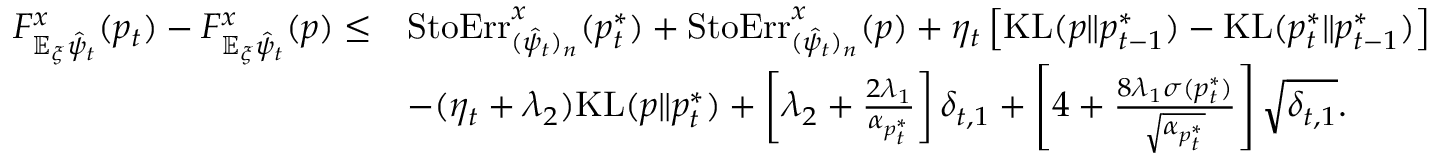
\begin{array} { r l } { F _ { \mathbb { E } _ { \xi } \hat { \psi } _ { t } } ^ { x } ( p _ { t } ) - F _ { \mathbb { E } _ { \xi } \hat { \psi } _ { t } } ^ { x } ( p ) \leq } & { \mathrm { S t o E r r } _ { ( \hat { \psi } _ { t } ) _ { n } } ^ { x } ( p _ { t } ^ { * } ) + \mathrm { S t o E r r } _ { ( \hat { \psi } _ { t } ) _ { n } } ^ { x } ( p ) + \eta _ { t } \left[ \mathrm { K L } ( p \| p _ { t - 1 } ^ { * } ) - \mathrm { K L } ( p _ { t } ^ { * } \| p _ { t - 1 } ^ { * } ) \right] } \\ & { - ( \eta _ { t } + \lambda _ { 2 } ) \mathrm { K L } ( p \| p _ { t } ^ { * } ) + \left[ \lambda _ { 2 } + \frac { 2 \lambda _ { 1 } } { \alpha _ { p _ { t } ^ { * } } } \right] \delta _ { t , 1 } + \left[ 4 + \frac { 8 \lambda _ { 1 } \sigma ( p _ { t } ^ { * } ) } { \sqrt { \alpha _ { p _ { t } ^ { * } } } } \right] \sqrt { \delta _ { t , 1 } } . } \end{array}